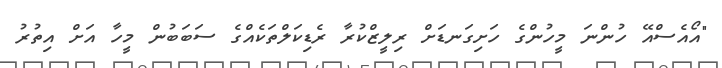
"އޯއެސްއޭ ހުންނަ މީހުންގެ ހަށިގަނޑަށް ރިލީޒްކުރާ ރެޑިކަލްތަކެއްގެ ސަބަބުން މީހާ އަށް އިތުރު